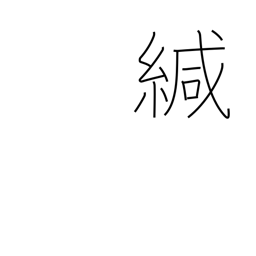
Meaning: seal